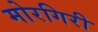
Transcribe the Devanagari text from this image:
मोरगिरी